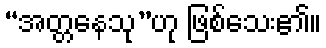
“အတ္တနေသု”ဟု ဖြစ်သေး၏။